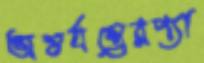
অন্তর্যন্ত্রেরপ্যা